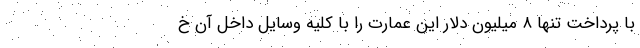
با پرداخت تنها ۸ میلیون دلار این عمارت را با کلیه وسایل داخل آن خ